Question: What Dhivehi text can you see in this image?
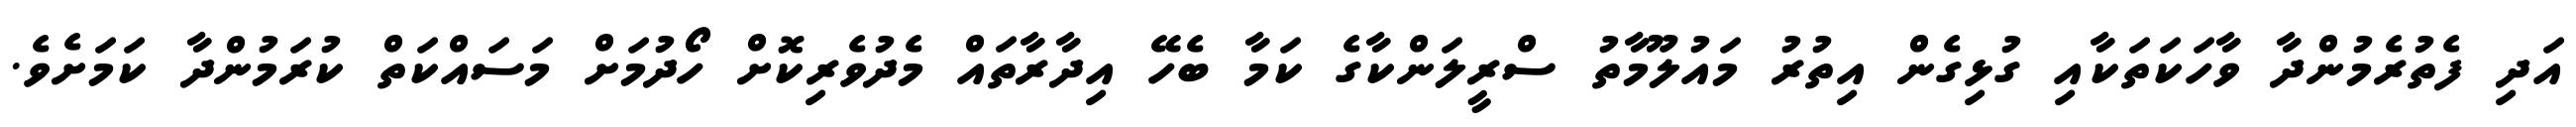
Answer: އަދި ފެތުރެމުންދާ ވާހަކަތަކާއި ގުޅިގެން އިތުރު މައުލޫމާތު ސްރީލަންކާގެ ކަމާ ބެހޭ އިދާރާތައް މެދުވެރިކޮށް ހޯދުމަށް މަސައްކަތް ކުރަމުންދާ ކަމަށެވެ.